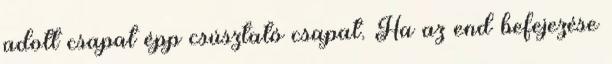
adott csapat épp csúsztató csapat. Ha az end befejezése